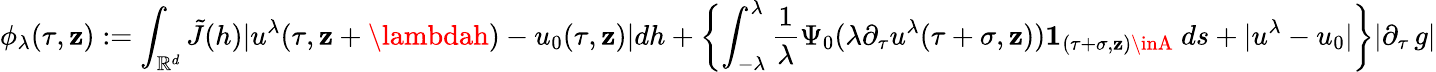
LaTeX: \phi_{\lambda}(\tau,\mathbf{z}):=\int_{\mathbb{{R}}^{d}}\tilde{{J}}(h)|u^{\lambda}(\tau,\mathbf{z}+\lambdah)-u_{0}(\tau,\mathbf{z})|dh+\left\{ \int_{-\lambda}^{\lambda}\frac{{1}}{{\lambda}}\Psi_{0}(\lambda\partial_{\tau}u^{\lambda}(\tau+\sigma,\mathbf{z})){\mathbf{1}}_{(\tau+\sigma,\mathbf{z})\inA}\ ds+|u^{\lambda}-u_{0}|\right\} |\partial_{\tau}\, g|